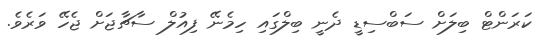
ކަރަންޓް ބިލަށް ސަބްސިޑީ ދެނީ ބިލްގައި ހިމެނޭ ފިއުލް ސާޗާޖަށް ޖެހޭ ވަރެވެ.